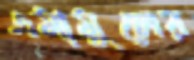
এমামুলের